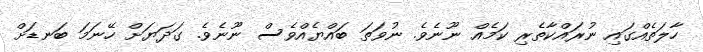
ހާލަތެއްގައި ނުރައްކާތެރި ކަމެއް ނޫނެވެ. ނުވަތަ ބައްޔެއްވެސް ނޫނެވެ. ގަދަޔަށް ހޭނަމަ ބަނޑަށް